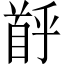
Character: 𫗶